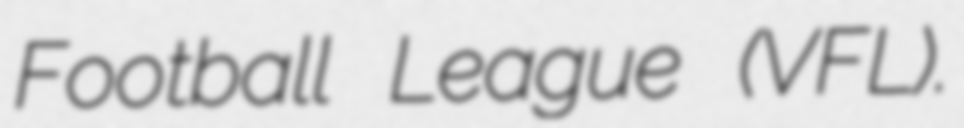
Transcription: Football League (VFL).